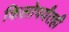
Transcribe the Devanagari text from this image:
किलोपर्यंतही